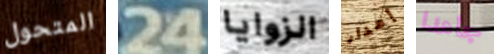
المتحول 24 الزوايا إهدار جاهدا